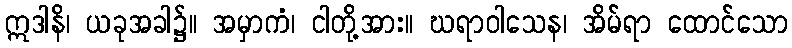
ဣဒါနိ၊ ယခုအခါ၌။ အမှာကံ၊ ငါတို့အား။ ဃရာဝါသေန၊ အိမ်ရာ ထောင်သော